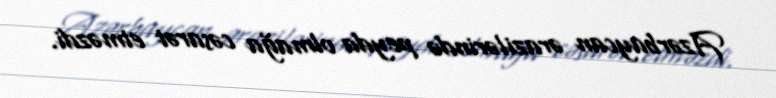
Azərbaycan ərazilərində peyda olmağa cəsarət etməzdi.